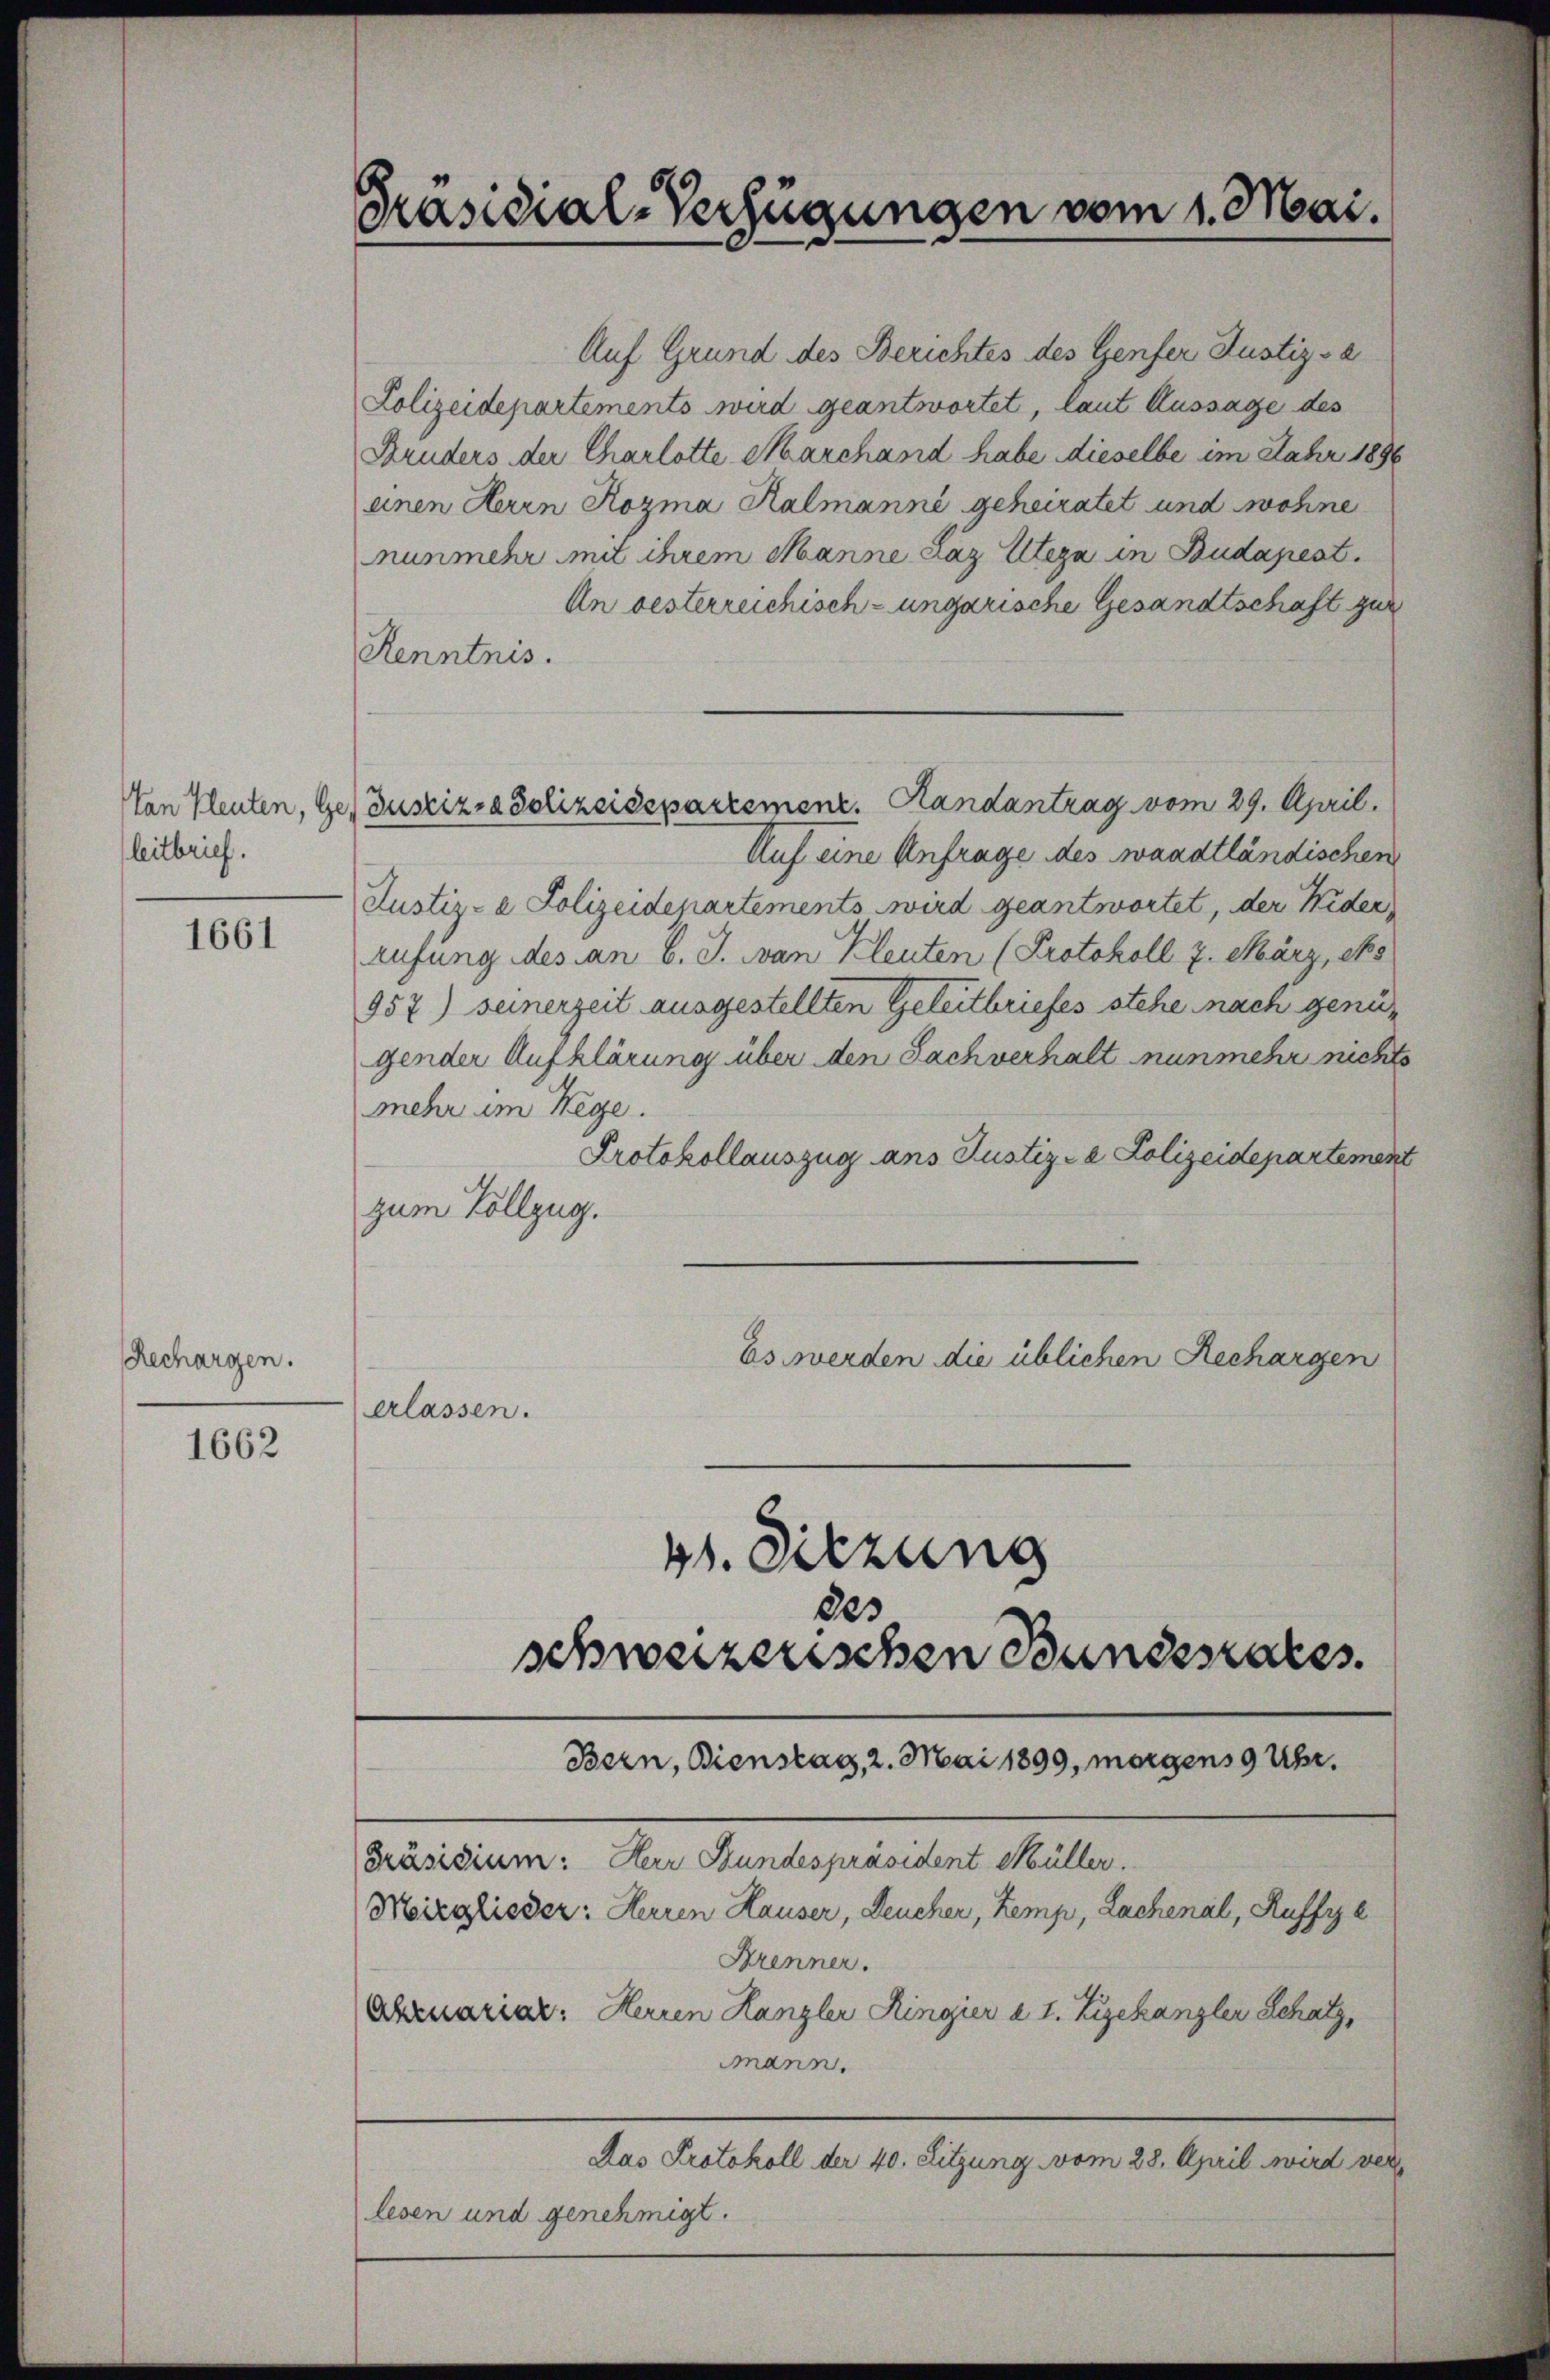
leitbrief.

1661

Rechargen.

1662

Präsidial-Verfügungen vom 1. Mai.

Auf Grund des Berichtes des Genfer Justiz - a
Polizeidepartements wird geantwortet, laut Aussage des
Bruders der Charlotte Marchand habe dieselbe im Fahr 1896
einen Herrn Rozma Ralmanne, geheiratet und wohne
nunmehr mit ihrem Manne Laz Eltern in Budapest.
An oesterreichisch-ungarische Gesandtschaft zur
Kenntnis.
Von Pleuten, Ge Justiz- & Polizeidepartement. Handantrag vom 29. April.
Auf eine Anfrage des waadtländischen
Justiz- & Polizeidepartements wird geantwortet, der Wider
rufung des an b. J. an Kleuten (Protokoll 7. März, es
957) seinerzeit ausgestellten Geleitbriefes stehe nach genügender Aufklärung über den Sachverhalt nunmehr nichts
mehr im Wege.
Protokollauszug ans Justiz- & Polizeidepartemen
zum Vollzug.
Es werden die üblichen Rechargen
erlassen.
41. Sitzung
des
schweizerischen Bundesrates.
Bern, Bienstag, 2. Mai 1899, morgens 9 Uhr.
Präsidium: Herr Stundespräsident Müller.
Moirglieder: Herren Hauser, Leucher, Kemp, Lachenal, Ruffzze
Arenner.
Obzuariar: Herren Hanzler Ringier a 1. Zizekanzler Schatz,
mmann.
Das Protokoll der 40. Sitzung vom 28. April wird verlesen und genehmigt.